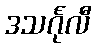
ဒသင်္ဂုလီ